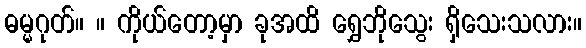
ဓမ္မဂုတ်။ ။ ကိုယ်တော့မှာ ခုအထိ ရွှေဘိုသွေး ရှိသေးသလား။